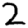
Digit: 2